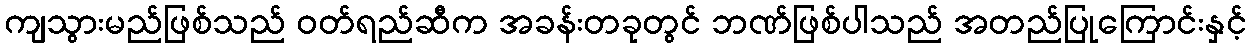
ကျသွားမည်ဖြစ်သည် ဝတ်ရည်ဆီက အခန်းတခုတွင် ဘဏ်ဖြစ်ပါသည် အတည်ပြုကြောင်းနှင့်